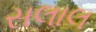
સલાલ